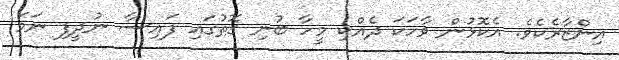
އިންޒާރެކެވެ. އެކޮޅުން ވާހަކަ ދެއްކި މީހާ ބުނި ގޮތުގައި ފައިސާ ނުދީފި ނަމަ